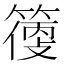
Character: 𥲼